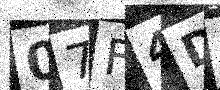
Text: 07F4DN